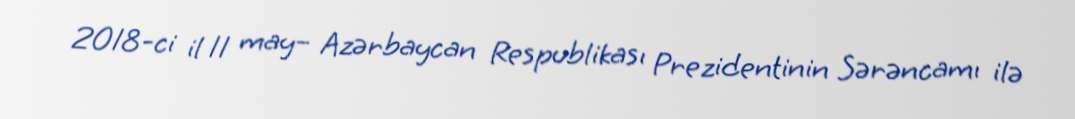
2018-ci il 11 may– Azərbaycan Respublikası Prezidentinin Sərəncamı ilə